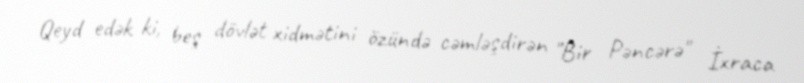
Qeyd edək ki, beş dövlət xidmətini özündə cəmləşdirən "Bir Pəncərə" İxraca